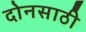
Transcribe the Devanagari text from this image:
दोनसाठी